Leprosy in India: report of the Leprosy Commission in India, 1890-91
Year: 1890
Disease focus: Leprosy
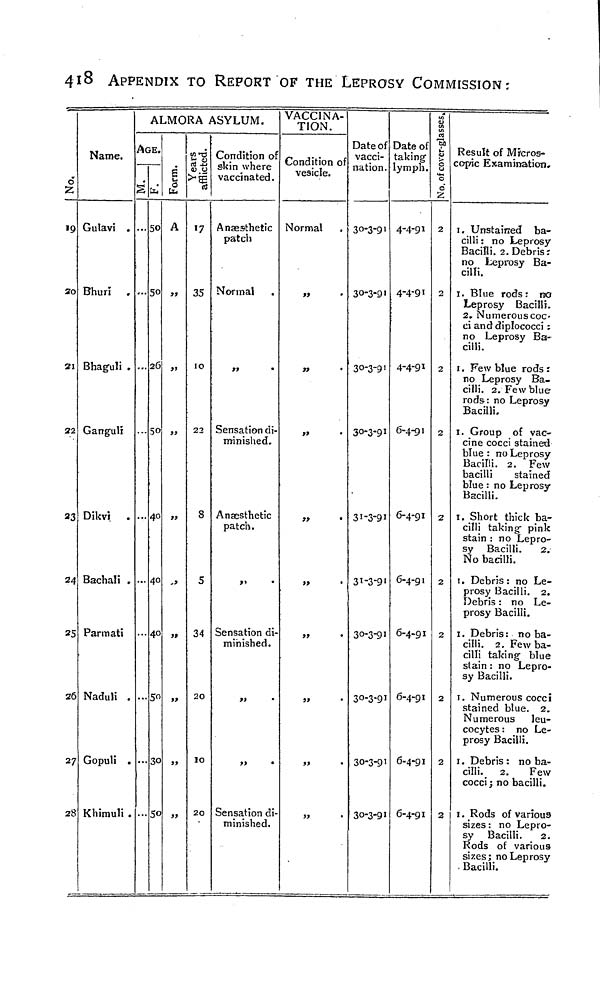
4i8 APPENDIX TO REPORT OF THE LEPROSY COMMISSION;
d
19
20
21
22
23
24
25
26
27
2
Name.
Gulavi .
Bhuri .
Bhag-uli .
Ganguli
Dikvi .
Bachali .
Parmati
Naduli .
Gopuli .
Khimuli
ALMORA ASYLUM.
AGE.
SCxJ
0
0
26
50
4°4
0
40
5°3
C
5
S
1
A
99
91
99
99
,,>
99
$9
99
cd -u
v 0
«7
35
10
22
8
5
34
20
10
20
Condition of
skin where
vaccinated.
Ansesthetic
patch
Normal
»»
•
Sensation di-
minished.
Anaesthetic
patch.
j»
•
Sensation di
minished.
9i
•
>>
•
Sensation di
minished.
VACCINA-
TION.
Condition of
vesicle.
Normal
»
•
«
•
»»
•
>?
•
>>
•
Date of
vacci-
nation.
30-3-91
30-3-9'
30-3-91
30-3-91
31-3-91
31-3-9
30-3-91
30-3-9
30-3-9
30-3-9
Date of
:akingf
ymph.
4-4-91
4-4-91
4-4-91
6-4-91
6-4-91
6-4-91
6-4-91
6-4-91
6-4-91
6-4-91
i
a
-a
¿
0
'S
2
2
2
2
2
2
2
2
2
2
Result of Micros-
copic Examination,
1. Unstained ba-
cilli : no Leprosy
Bacilli. 2. Debris:
no Leprosy Ba-
cilli.
1. Blue rods: no
Leprosy Bacilli.
2. Numerouscoc-
ci anddiplococci :
no Leprosy Ba-
cilli.
1. Few blue rods r
no Leprosy Ba-
cilli. 2. Few blue
rods-: no Leprosy
Bacilli.
1. Group of vac-
cine cocci stained
blue : no Leprosy
Bacilli. 2. Few
bacilli
stained
blue : no Leprosy
Bacilli.
1. Short thick ba-
cilli taking- pink
stain : no Lepro-
sy Bacilli.
2.
No bacilli.
1. Debris : no Le-
prosy Bacilli. 2.
Debris : no Le-
prosy Bacilli.
1. Debris: no ba-
cilli. 2. Few ba-
cilli taking blue
stain : no Lepro-
sy Bacilli.
1. Numerous cocci
stained blue. 2.
Numerous leu-
cocytes : no Le-
prosy Bacilli.
1. Debris : no ba-
cilli. 2.
Few
cocci; no bacilli.
1. Rods of various
sizes : no Lepro-
sy Bacilli.
2.
Rods of various
sizes; no Leprosy
. Bacilli.